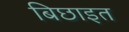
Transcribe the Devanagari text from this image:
बिछाइत